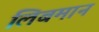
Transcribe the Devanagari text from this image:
लिबमान